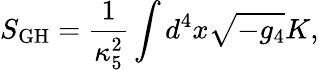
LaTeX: S_{\mathrm{GH}}=\frac{1}{\kappa_{5}^{2}}\int d^{4}x\sqrt{-g_{4}}K,